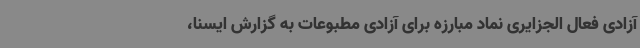
آزادی فعال الجزایری نماد مبارزه برای آزادی مطبوعات به گزارش ایسنا،